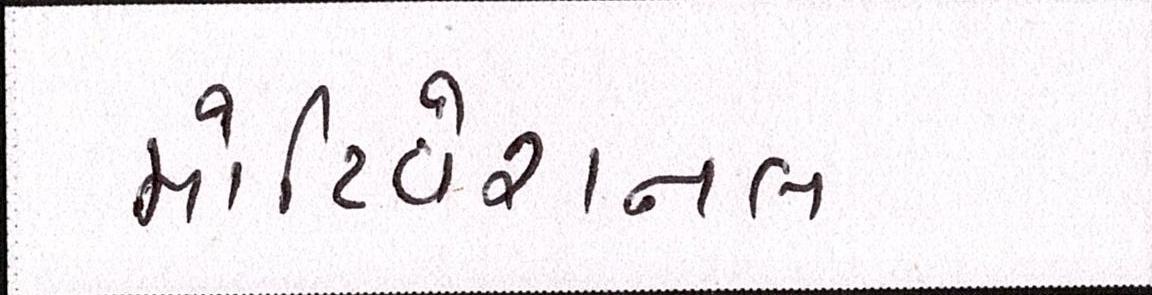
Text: મોટિવેશનલ